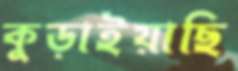
কুড়াইয়াছি